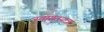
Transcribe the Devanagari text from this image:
स्वागतयात्रा